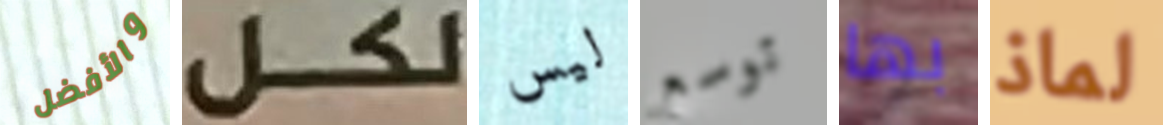
والأفضل لكل ليس توسع بها لماذ